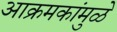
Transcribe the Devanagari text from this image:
आक्रमकांमुळे